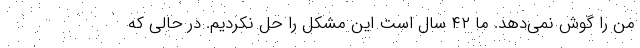
من را گوش نمی‌دهد. ما ۴۲ سال است این مشکل را حل نکردیم. در حالی که